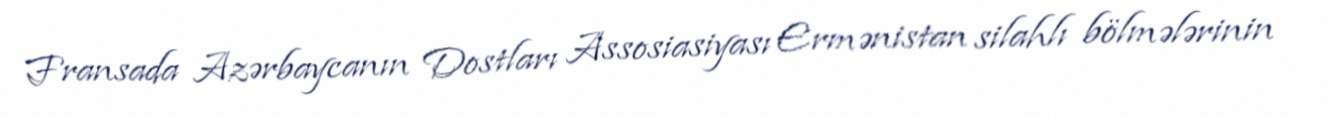
Fransada Azərbaycanın Dostları Assosiasiyası Ermənistan silahlı bölmələrinin